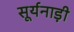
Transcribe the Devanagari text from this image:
सूर्यनाड़ी